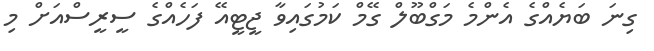
ގިނަ ބަޔެއްގެ އެންމެ މަގްބޫލް ގޭމް ކަމުގައިވާ ޖީޓީއޭ ފަހެއްގެ ސީރީސްއަށް މި